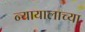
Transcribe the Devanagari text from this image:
न्यायालाच्या